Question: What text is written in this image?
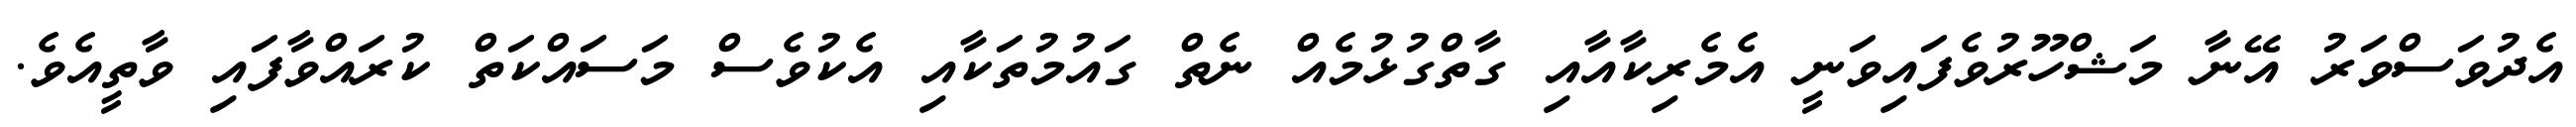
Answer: އެދުވަސްވަރު އޭނާ މަޝްހޫރުވެފައިވަނީ އެމެރިކާއާއި ގާތްގުޅުމެއް ނެތް ގައުމުތަކާއި އެކުވެސް މަސައްކަތް ކުރައްވާފައި ވާތީއެވެ.